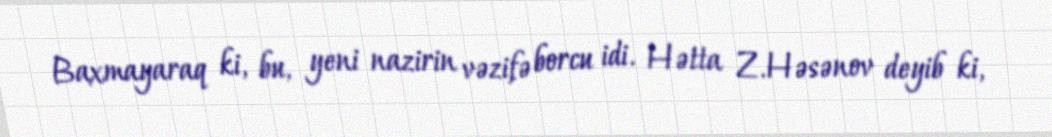
Baxmayaraq ki, bu, yeni nazirin vəzifə borcu idi. Hətta Z.Həsənov deyib ki,